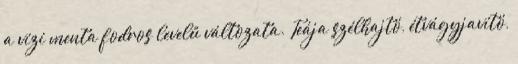
a vízi menta fodros levelű változata. Teája szélhajtó, étvágyjavító,